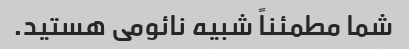
شما مطمئناً شبیه نائومی هستید.